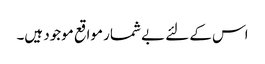
اس کے لئے بے شمار مواقع موجود ہیں۔